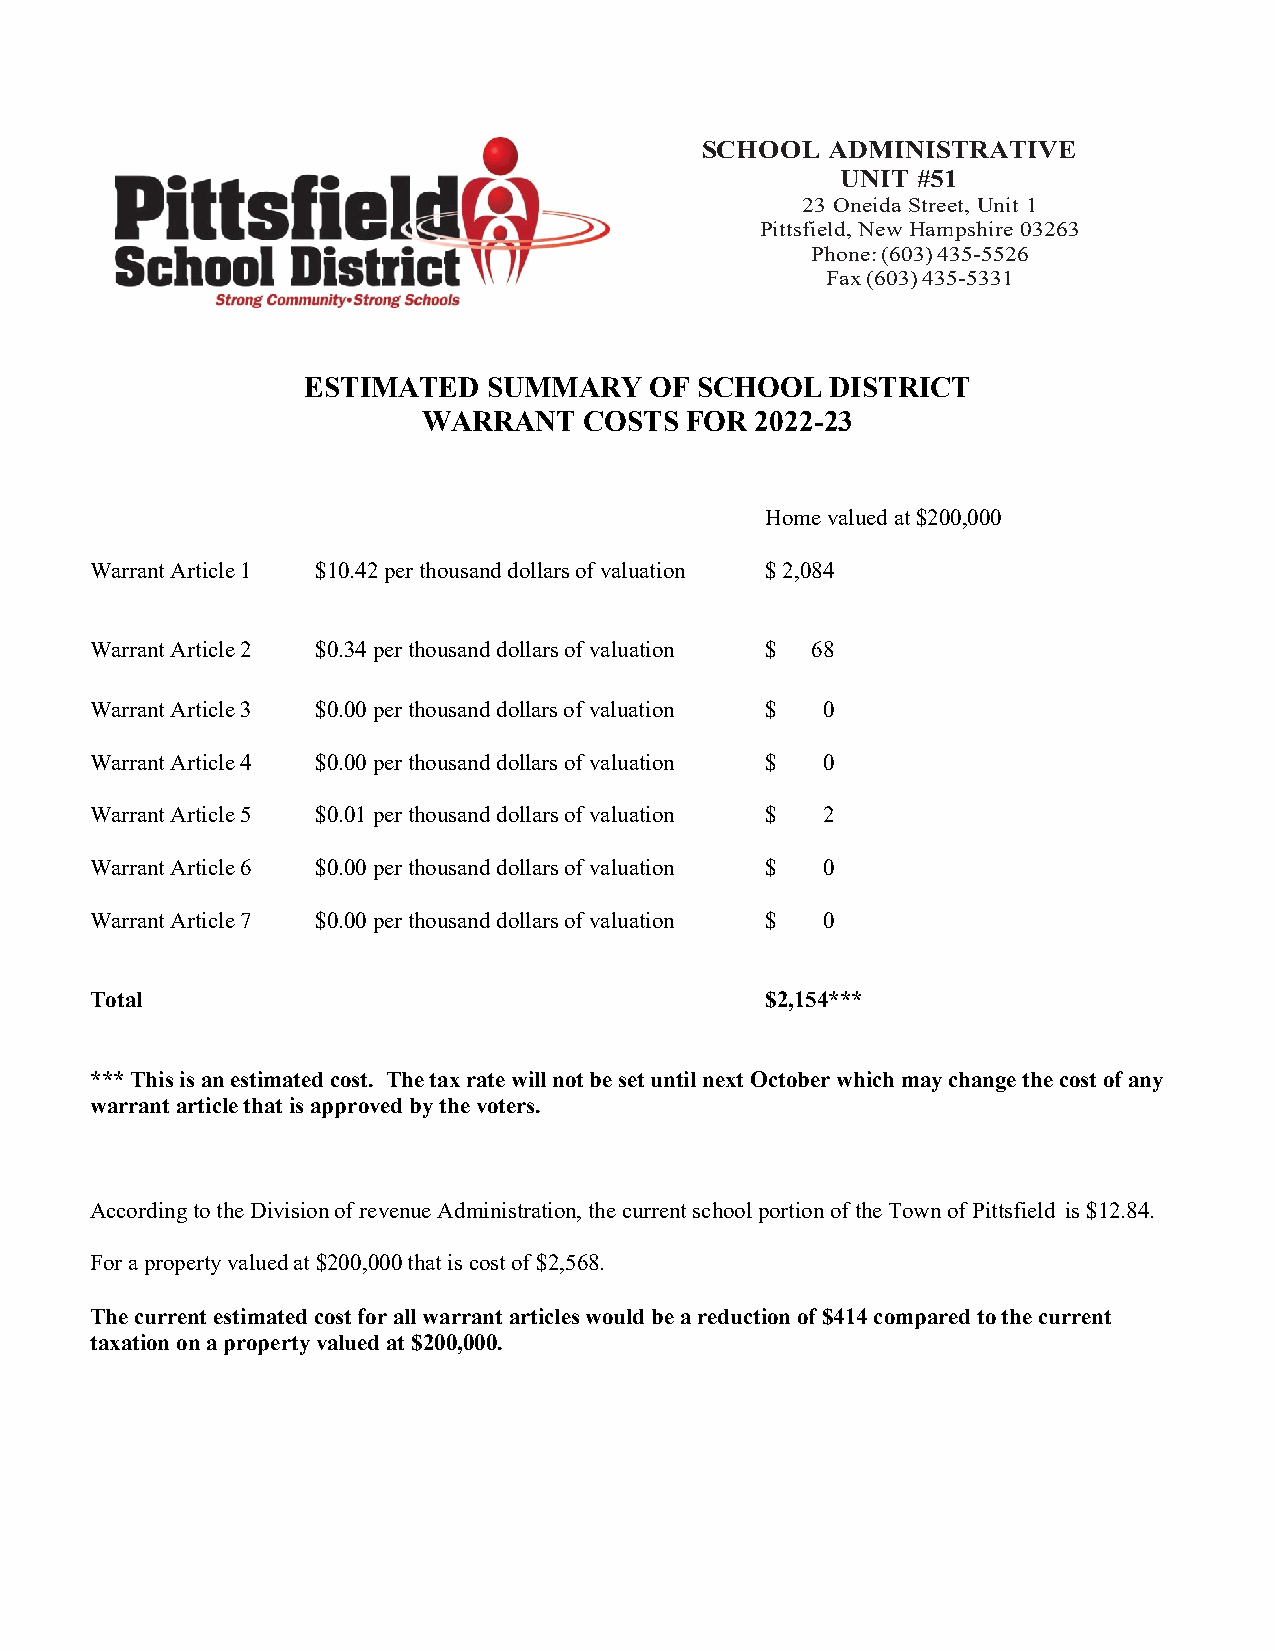
SCHOOL   ADMINISTRATIVE
 UNIT #51
 23 Oneida Street, Unit 1
 Pittsfield, New Hampshire 03263
 Phone: (603) 435-5526
 Fax (603) 435-5331
 ESTIMATED   SUMMARY    OF SCHOOL   DISTRICT
 WARRANT    COSTS FOR  2022-23
 Home valued at $200,000
 Warrant Article 1 $10.42 per thousand dollars of valuation $ 2,084
 Warrant Article 2 $0.34 per thousand dollars of valuation $ 68
 Warrant Article 3 $0.00 per thousand dollars of valuation $ 0
 Warrant Article 4 $0.00 per thousand dollars of valuation $ 0
 Warrant Article 5 $0.01 per thousand dollars of valuation $ 2
 Warrant Article 6 $0.00 per thousand dollars of valuation $ 0
 Warrant Article 7 $0.00 per thousand dollars of valuation $ 0
 Total                                        $2,154***
 *** This is an estimated cost. The tax rate will not be set until next October which may change the cost of any
 warrant article that is approved by the voters.
 According to the Division of revenue Administration, the current school portion of the Town of Pittsfield is $12.84.
 For a property valued at $200,000 that is cost of $2,568.
 The current estimated cost for all warrant articles would be a reduction of $414 compared to the current
 taxation on a property valued at $200,000.